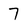
Character: 7